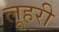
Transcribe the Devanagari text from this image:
लूहरी